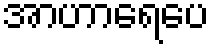
အာဟာရေပေ